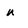
Character: u